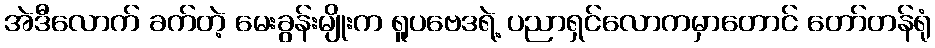
အဲဒီလောက် ခက်တဲ့ မေးခွန်းမျိုးက ရူပဗေဒရဲ့ ပညာရှင်လောကမှာတောင် တော်တန်ရုံ